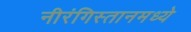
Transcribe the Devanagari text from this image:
नीरंगिस्तानमध्ये